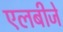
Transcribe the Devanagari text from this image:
एलबीजे